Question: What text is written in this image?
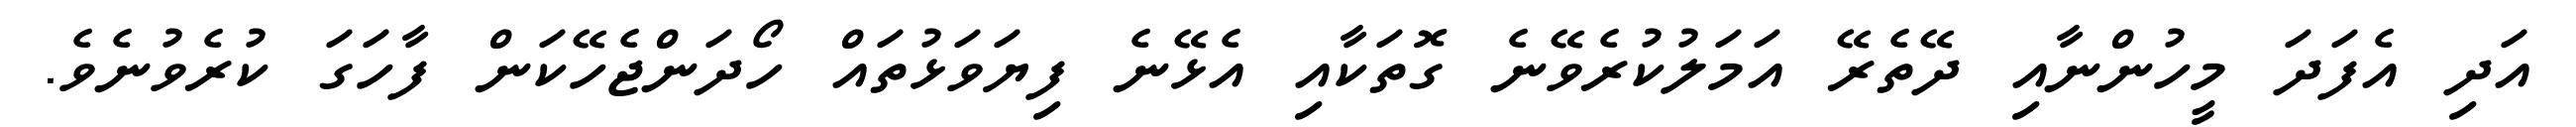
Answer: އަދި އެފަދަ މީހުންނާއި ދޭތެރޭ އަމަލުކުރެވޭނެ ގޮތަކާއި އެޅޭނެ ފިޔަވަޅުތައް ހޯދަންޖެހޭކަން ފާހަގަ ކުރެވުނެވެ.